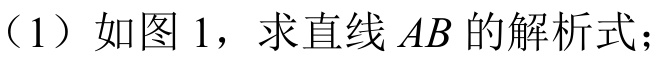
（1）如图1，求直线\(AB\)的解析式；